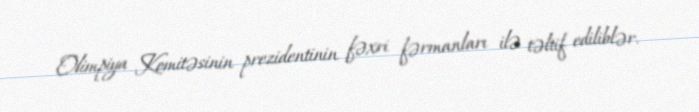
Olimpiya Komitəsinin prezidentinin fəxri fərmanları ilə təltif ediliblər.